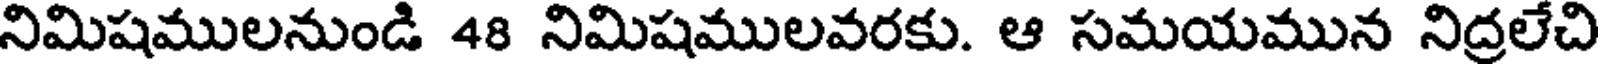
నిమిషములనుండి 48 నిమిషములవరకు. ఆ సమయమున నిద్రలేచి